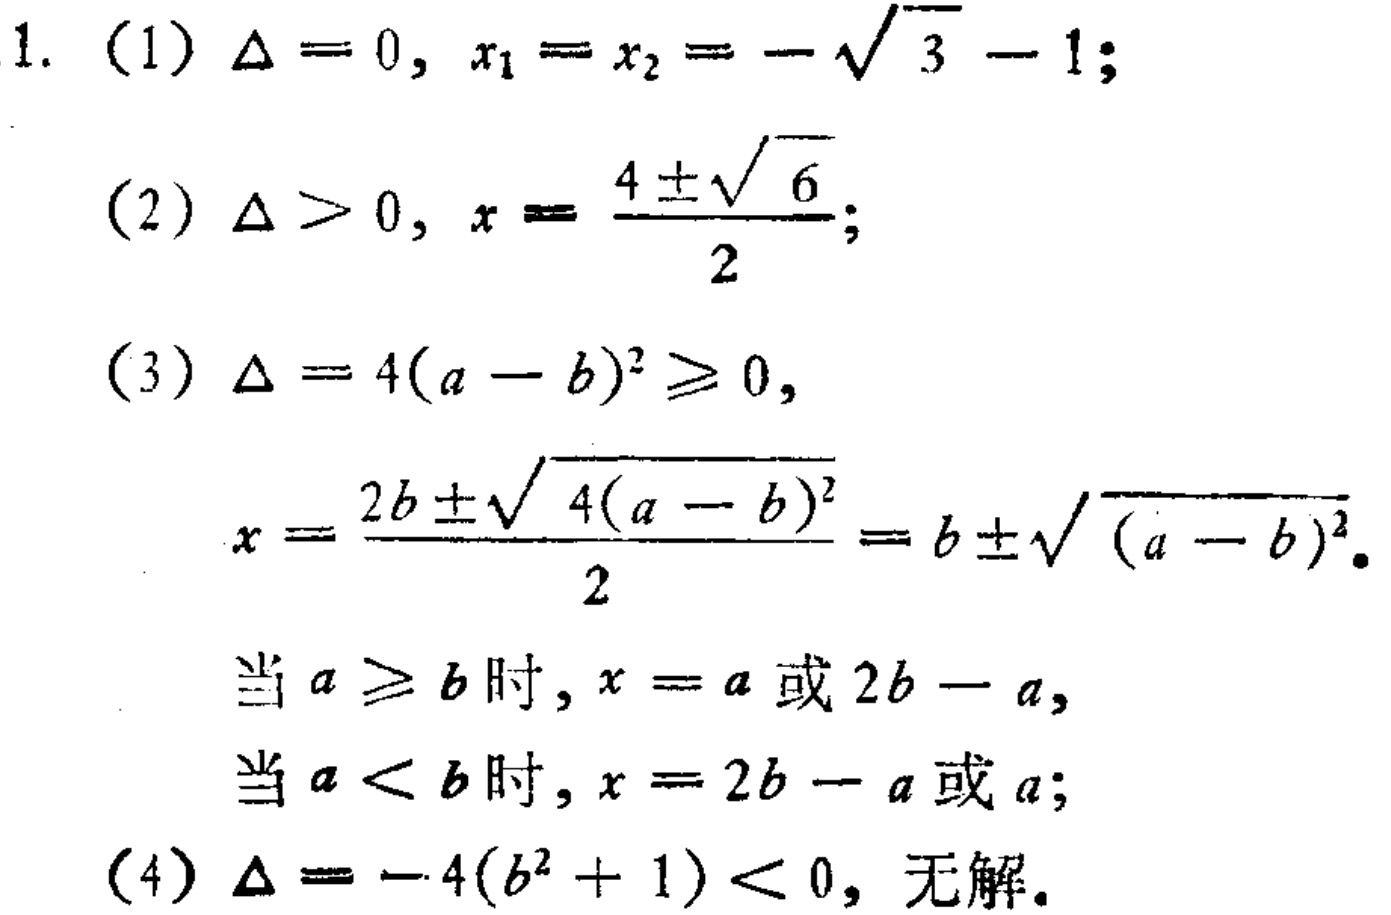
1.
(1) $\Delta = 0, x_1 = x_2 = -\sqrt{3}-1$;
(2) $\Delta > 0, x=\frac{4\pm\sqrt{6}}{2}$;
(3) $\Delta = 4(a - b)^2\geq0$,
$x=\frac{2b\pm\sqrt{4(a - b)^2}}{2}=b\pm\sqrt{(a - b)^2}$.
当$a\geq b$时, $x = a$或$2b - a$,
当$a < b$时, $x = 2b - a$或$a$;
(4) $\Delta=-4(b^2 + 1)<0$, 无解.